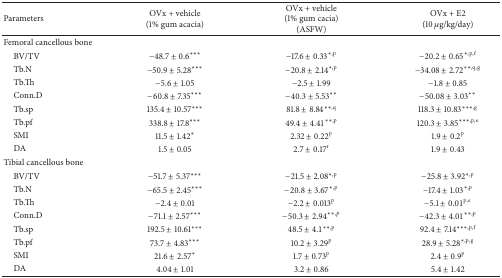
<table><thead><tr><td><b>Parameters</b></td><td><b>OVx + vehicle (1% gum acacia)</b></td><td><b>OVx + vehicle (1% gum cacia) (ASFW)</b></td><td><b>OVx + E2 (10 <i>μ</i>g/kg/day)</b></td></tr></thead><tbody><tr><td>Femoral cancellous bone</td><td> </td><td> </td><td> </td></tr><tr><td> BV/TV </td><td>−48.7 ± 0.6***</td><td>−17.6 ± 0.33<sup>∗,p</sup></td><td>−20.2 ± 0.65<sup>∗,p,f</sup></td></tr><tr><td> Tb.N </td><td>−50.9 ± 5.28***</td><td>−20.8 ± 2.14<sup>∗,p</sup></td><td>−34.08 ± 2.72<sup>∗∗,q,g</sup></td></tr><tr><td> Tb.Th </td><td>−5.6 ± 1.05</td><td>−2.5 ± 1.99</td><td>−1.8 ± 0.85</td></tr><tr><td> Conn.D</td><td>−60.8 ± 7.35***</td><td>−40.3 ± 5.53**</td><td>−50.08 ± 3.03**</td></tr><tr><td> Tb.sp </td><td>135.4 ± 10.57***</td><td>81.8 ± 8.84<sup>∗∗,q</sup></td><td>118.3 ± 10.83<sup>∗∗∗,g</sup></td></tr><tr><td> Tb.pf </td><td>338.8 ± 17.8***</td><td>49.4 ± 4.41<sup>∗∗,p</sup></td><td>120.3 ± 3.85<sup>∗∗∗,p,e</sup></td></tr><tr><td> SMI</td><td>11.5 ± 1.42*</td><td>2.32 ± 0.22<sup>p</sup></td><td>1.9 ± 0.2<sup>p</sup></td></tr><tr><td> DA</td><td>1.5 ± 0.05</td><td>2.7 ± 0.17<sup>r</sup></td><td>1.9 ± 0.43</td></tr><tr><td>Tibial cancellous bone</td><td> </td><td> </td><td> </td></tr><tr><td> BV/TV </td><td>−51.7 ± 5.37***</td><td>−21.5 ± 2.08<sup>∗,p</sup></td><td>−25.8 ± 3.92<sup>∗,p</sup></td></tr><tr><td> Tb.N </td><td>−65.5 ± 2.45***</td><td>−20.8 ± 3.67<sup>∗,p</sup></td><td>−17.4 ± 1.03<sup>∗,p</sup></td></tr><tr><td> Tb.Th </td><td>−2.4 ± 0.01</td><td>−2.2 ± 0.013<sup>p</sup></td><td>−5.1 ± 0.01<sup>p,e</sup></td></tr><tr><td> Conn.D</td><td>−71.1 ± 2.57***</td><td>−50.3 ± 2.94<sup>∗∗,p</sup></td><td>−42.3 ± 4.01<sup>∗∗,p</sup></td></tr><tr><td> Tb.sp</td><td>192.5 ± 10.61***</td><td>48.5 ± 4.1<sup>∗∗,p</sup></td><td>92.4 ± 7.14<sup>∗∗∗,p,f</sup></td></tr><tr><td> Tb.pf </td><td>73.7 ± 4.83***</td><td>10.2 ± 3.29<sup>p</sup></td><td>28.9 ± 5.28<sup>∗,p,g</sup></td></tr><tr><td> SMI</td><td>21.6 ± 2.57*</td><td>1.7 ± 0.73<sup>p</sup></td><td>2.4 ± 0.9<sup>p</sup></td></tr><tr><td> DA</td><td>4.04 ± 1.01</td><td>3.2 ± 0.86</td><td>5.4 ± 1.42</td></tr></tbody></table>